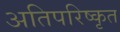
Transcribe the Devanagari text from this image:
अतिपरिष्कृत